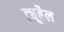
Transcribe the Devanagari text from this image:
ट्यूबैल